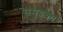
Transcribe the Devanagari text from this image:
समुहका